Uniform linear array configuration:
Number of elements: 4
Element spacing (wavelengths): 0.75
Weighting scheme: kaiser
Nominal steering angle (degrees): -15
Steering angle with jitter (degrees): -14.147
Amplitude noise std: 0.05
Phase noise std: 0.05

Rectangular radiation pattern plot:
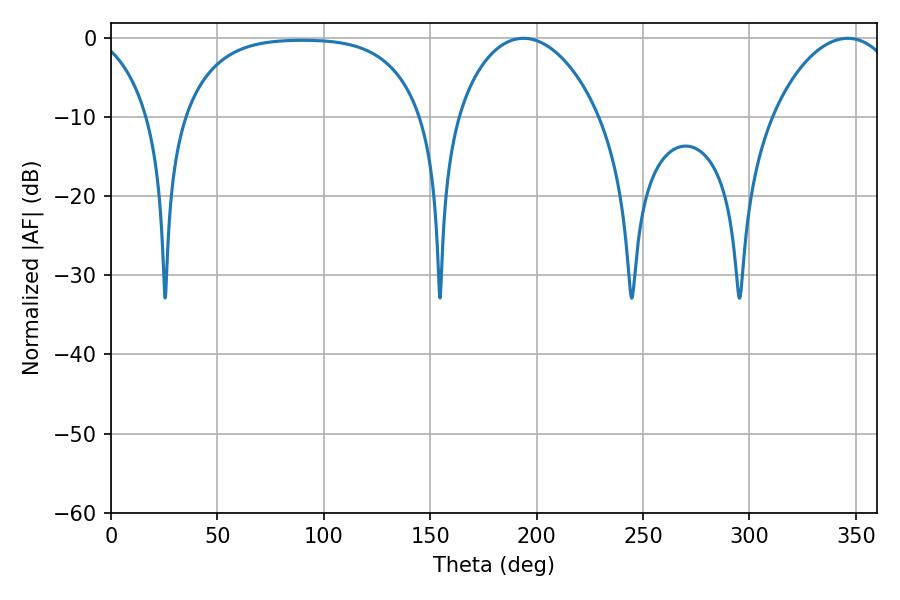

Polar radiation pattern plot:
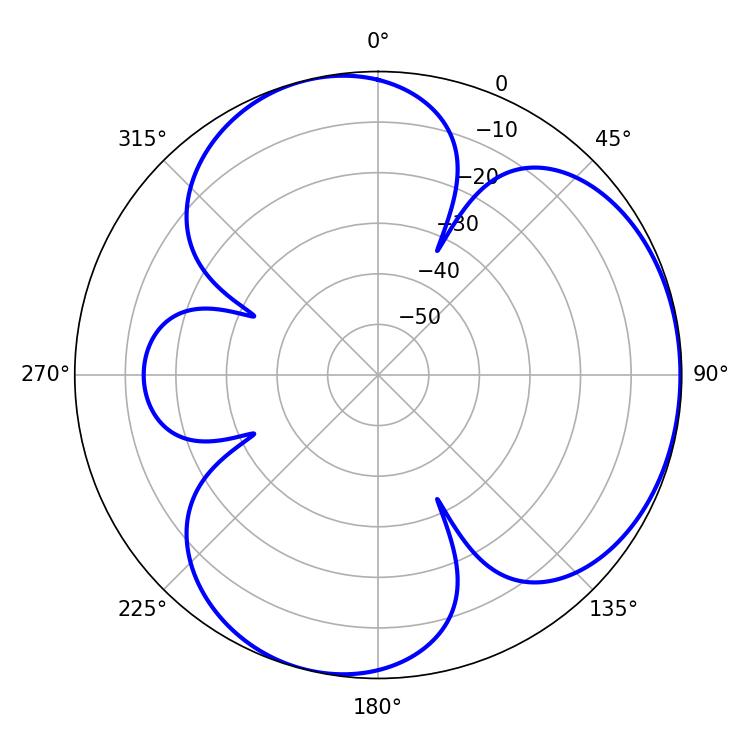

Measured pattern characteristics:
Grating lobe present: TRUE
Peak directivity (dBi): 4.087
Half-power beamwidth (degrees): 37.98
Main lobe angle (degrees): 193.86